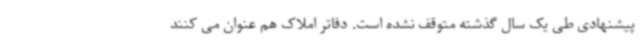
پیشنهادی طی یک سال گذشته متوقف نشده است. دفاتر املاک هم عنوان می کنند